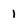
Character: 1